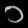
Digit: ၁